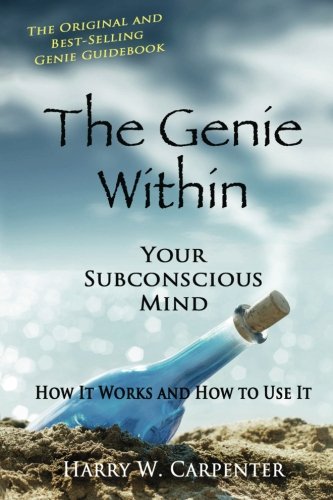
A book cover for The Genie Within: Your Subconcious Mind--How It Works and How to Use It; Harry W Carpenter; Self-Help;